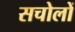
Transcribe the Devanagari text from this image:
सचोलों